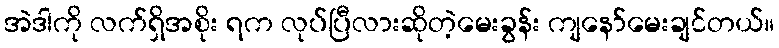
အဲဒါကို လက်ရှိအစိုး ရက လုပ်ပြီလားဆိုတဲ့မေးခွန်း ကျနော်မေးချင်တယ်။